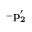
{ \bf - p _ { 2 } ^ { \prime } }